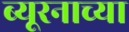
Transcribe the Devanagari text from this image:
ब्यूरनाच्या